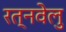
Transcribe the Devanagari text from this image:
रत्नवेलु